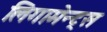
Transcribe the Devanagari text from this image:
लिगामेन्ट्स